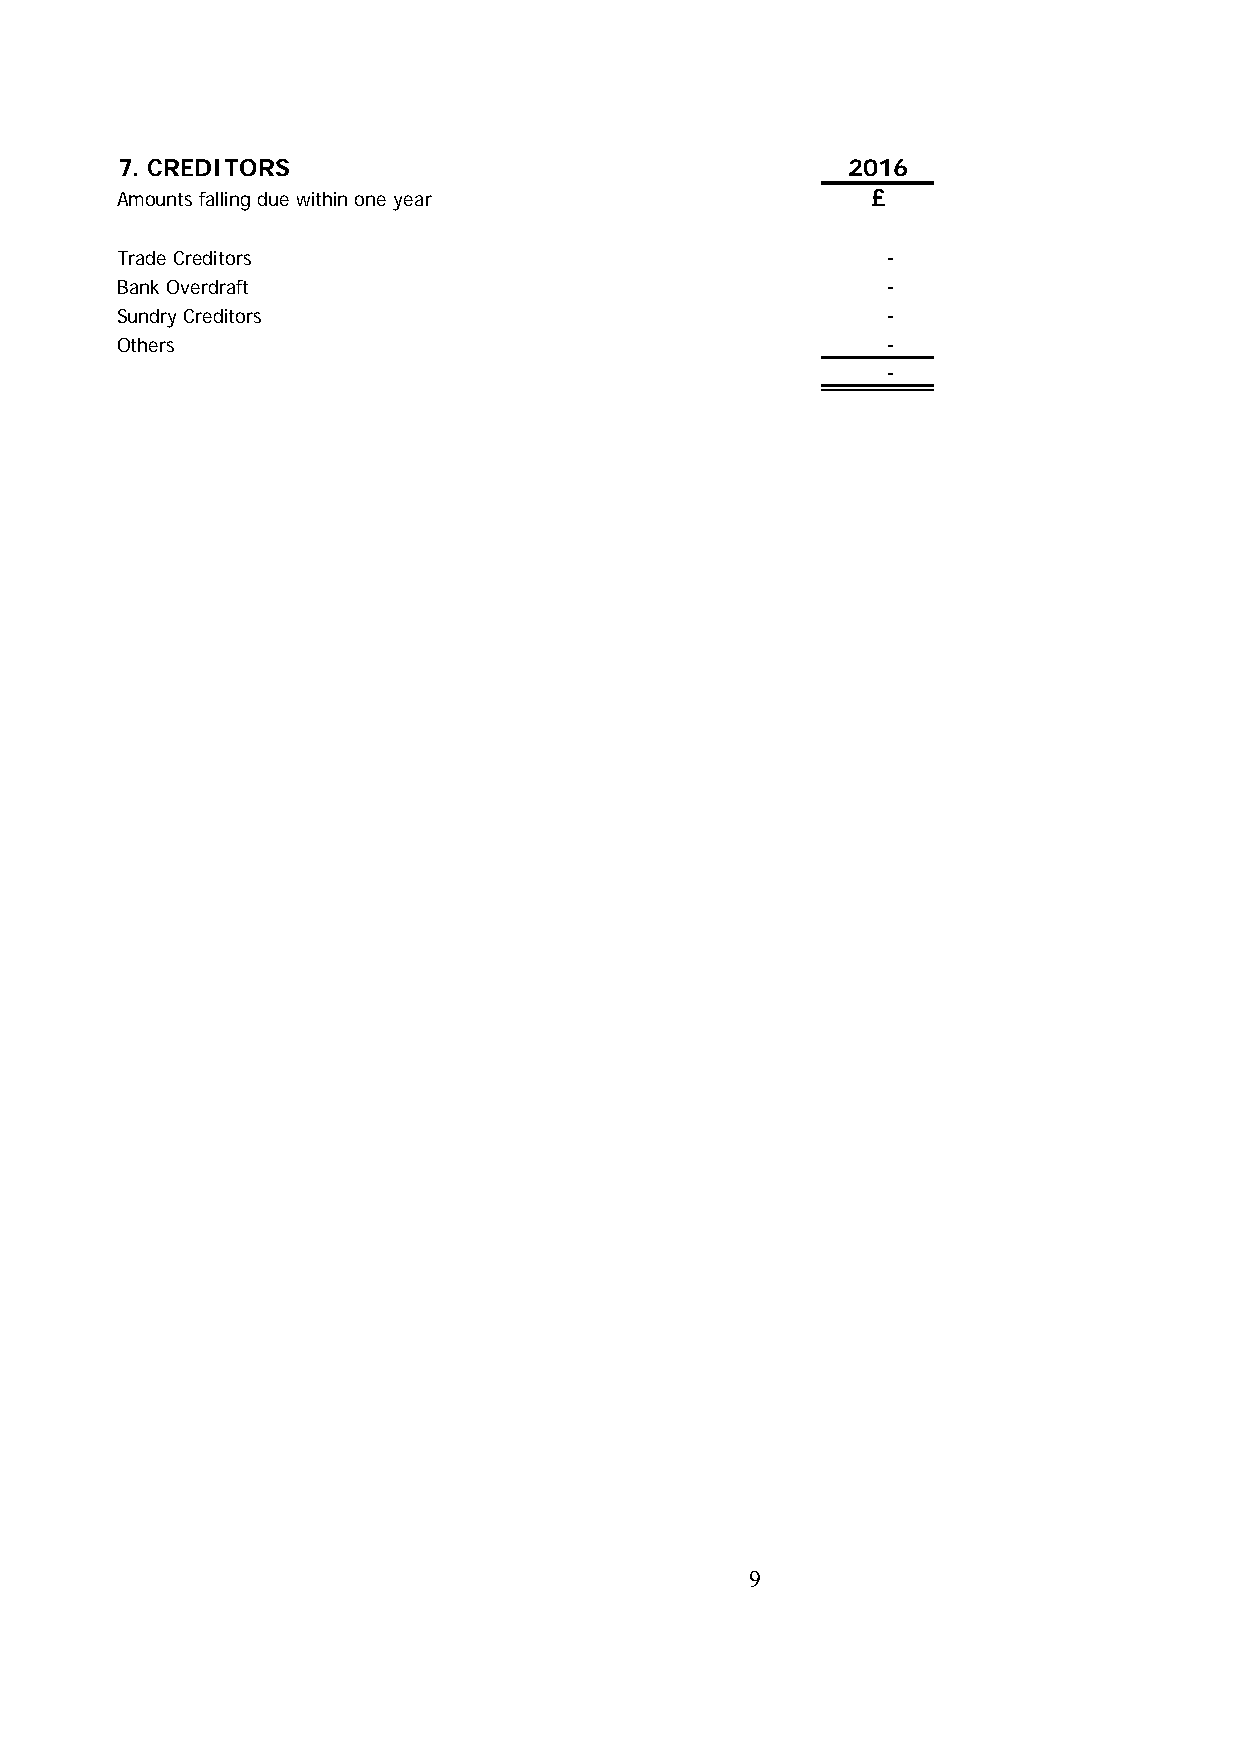
7. CREDITORS                                    2016
 Amounts falling due within one year               £
 Trade Creditors                                    -
 Bank Overdraft                                     -
 Sundry Creditors                                   -
 Others                                             -
 -
 9